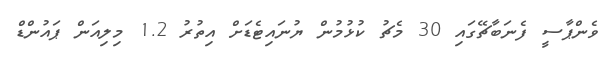
ވެންޕާސީ ފެނަބާޗޭގައި 30 މެޗު ކުޅުމުން ޔުނައިޓެޑަށް އިތުރު 1.2 މިލިއަން ޕައުންޑް